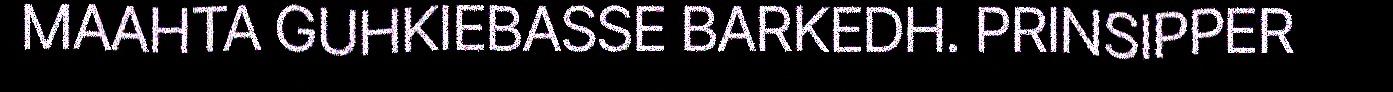
MAAHTA GUHKIEBASSE BARKEDH. PRINSIPPER